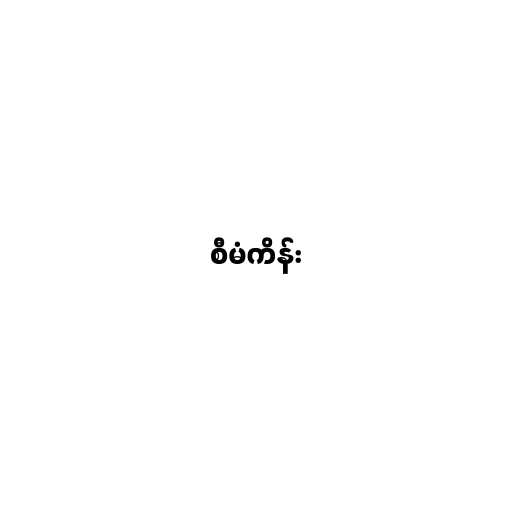
စီမံကိန်း